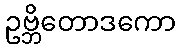
ဥဗ္ဘိတောဒကော